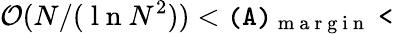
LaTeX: {\cal O}(N/(\mathrm{~l~n~}N^{2}))<\tt(A)_{\mathrm{~m~a~r~g~i~n~}}<